Lunatic asylums Central Provinces reports 1910-1926 - 1910-1926
Year: 1910
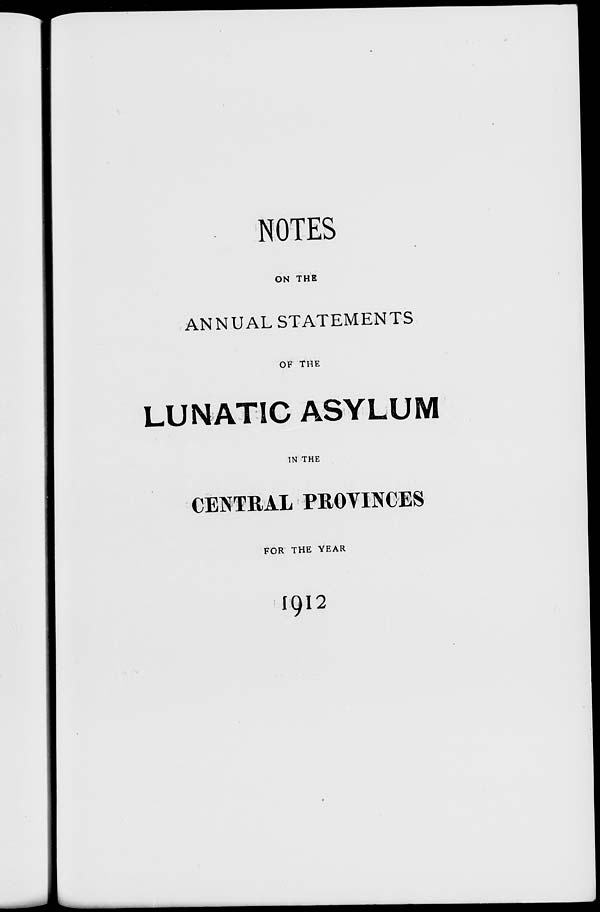
NOTES
ON THE
ANNUAL STATEMENTS
OF THE
LUNATIC ASYLUM
IN THE
CENTRAL PROVINCES
FOR THE YEAR
1912